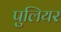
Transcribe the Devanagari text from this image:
पुलियर